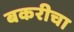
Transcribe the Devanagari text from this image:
बकरीचा